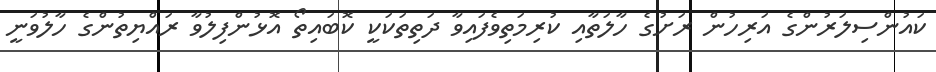
ކައުންސިލަރުންގެ އަރިހުން ރަށުގެ ހާލަތާއި ކުރިމަތިވެފައިވާ ދަތިތަކަކީ ކޮބައިތޯ އޮޅުންފިލުވާ ރައްޔިތުންގެ ހާލުވަނީ